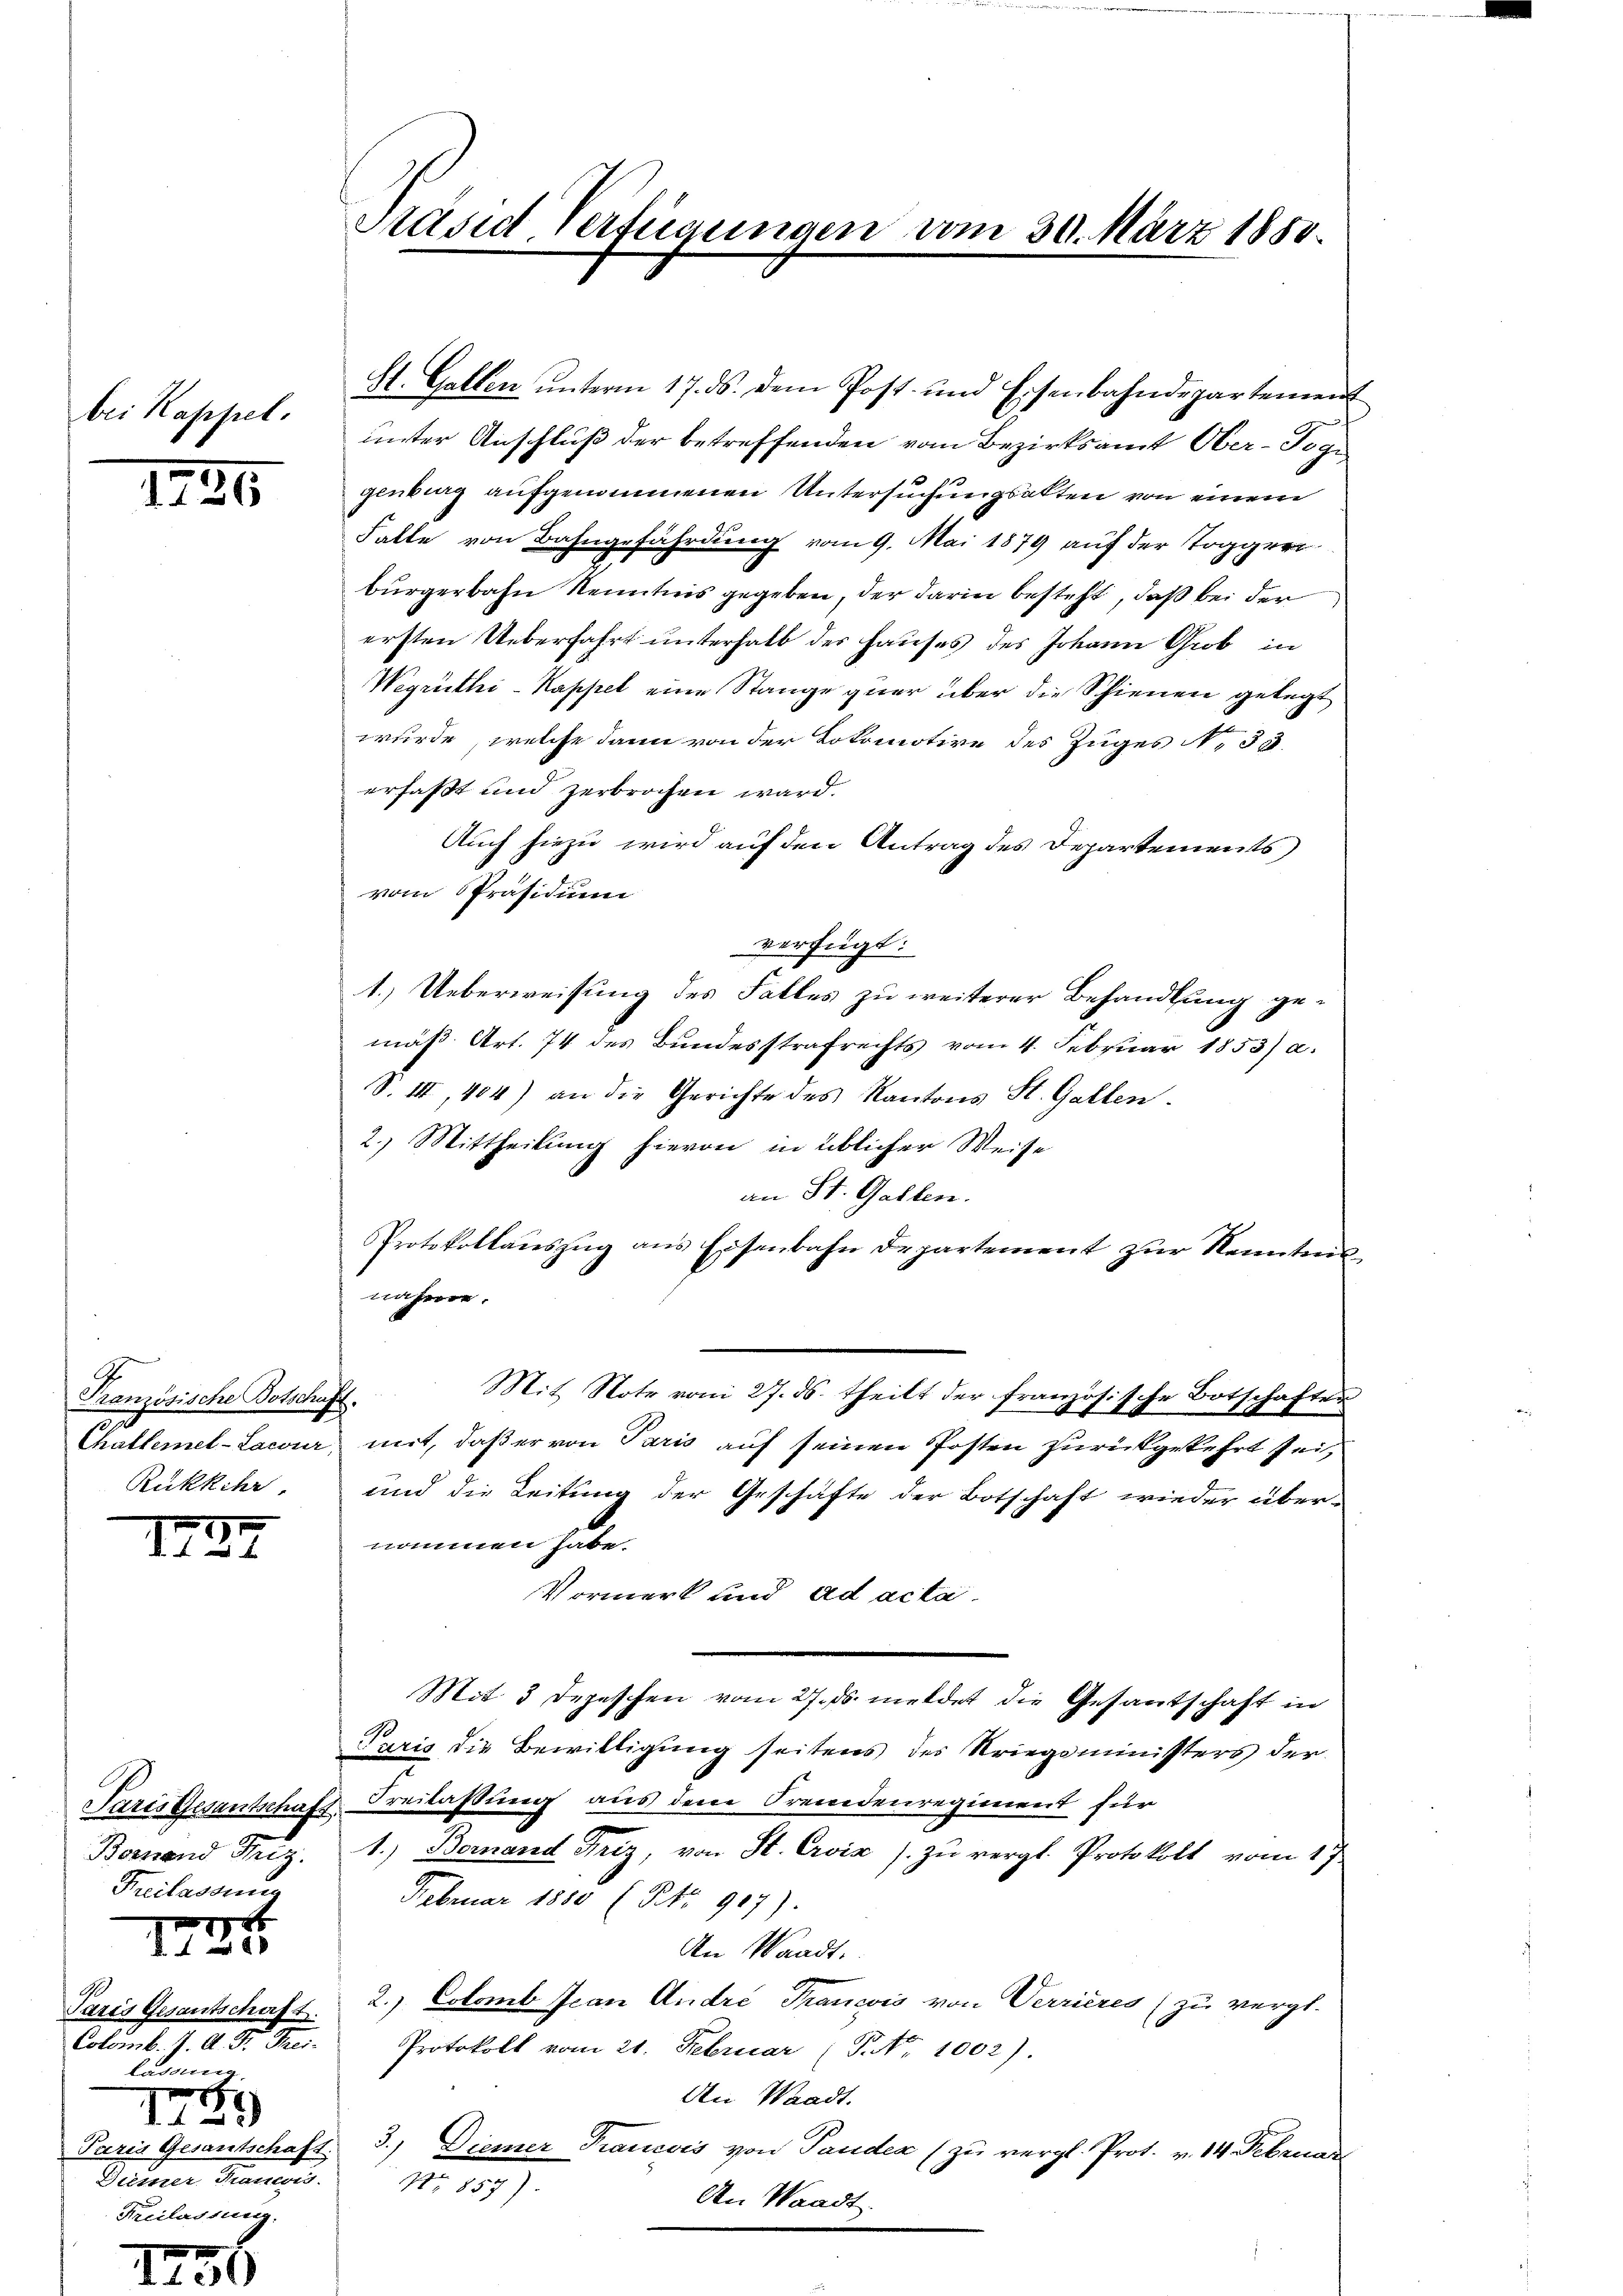
bei Kappel.

1821

G
Französische Botschaft.
Rükkehr

III.

St. Gallen ŭnterm 17. ds. dem Post und Eisenbahndepartement
unter Anschluß der betreffenden vom Bezirksamt Ober-Toge
genburg aufgenommenen Untersuchungsakten von einem
Falle von Bahngefährdung vom 9. Mai 1879 auf der Toggeri
bürgerbahn Kenntnis gegeben, der darin besteht, daß bei der
ersten Ueberfahrt unterhalb der Hauses des Johann Grob in
Wegrüthi-Kappel eine Stange quer über die Schienen gelegt
wurde, welche dann von der Lokomotive des Zuges No 33.
erfaßt und zerbrochen ward.
Auch hiezu wird auf den Antrag des Departements
vom Präsidium
verfügt:
1.) Ueberweisung des Falles zu weiterer Behandlung gemäß Art. 74 des Bundesstrafrechts vom 4. Februar 1853) a.
S. II, 404) an die Gerichte des Kantons St. Gallen.
2.) Mittheilung hievon in üblicher Weise
an St. Gallen.
Protokollaŭszŭg ans Eisenbahn departement zŭr Kenntnis
näher.
Mit Note vom 27. ds. theilt der französische Botschaften
Challemel-Lacour, mit, daß er von Paris auf seinen Posten zurückgekehrt sei,
und die Leitung der Geschäfte der Botschaft wieder übernommen habe.
Vormerk und ad acta
Mit 3 Depeschen vom 27. ds. meldet die Gesantschaft in
Paris die Bewilligung seitens des Kriegsministers der
Paris Gesantschaft Freilassung aus den Fremdenregiment für
Bornand Friz, 1.) Bernand Friz, von St. Croix s. zŭ vergl. Protokoll vom 17.
Februar 1850 (No 907).
An Waadt.
Paris Gesantschaft 2.) Estomb Ican Andri Trancis von Verrieres (zu vergl.
Colomb. " A. Fr. Trei. Protokoll vom 21. Februar (P. Nr. 1002).
An Waadt.
Paris Gesantschaft 3.) Diemer Trancois von Panden (zu vergl. Prot. v. 14. Februar
Nr. 857).
An Waadt.

Freilassun

x
d

ladung.
)
12
Dann Hauses.
Freilassung.

Präsid Verfügungen vom 30. März 1858.